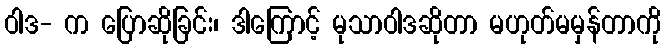
ဝါဒ- က ပြောဆိုခြင်း၊ ဒါကြောင့် မုသာဝါဒဆိုတာ မဟုတ်မမှန်တာကို